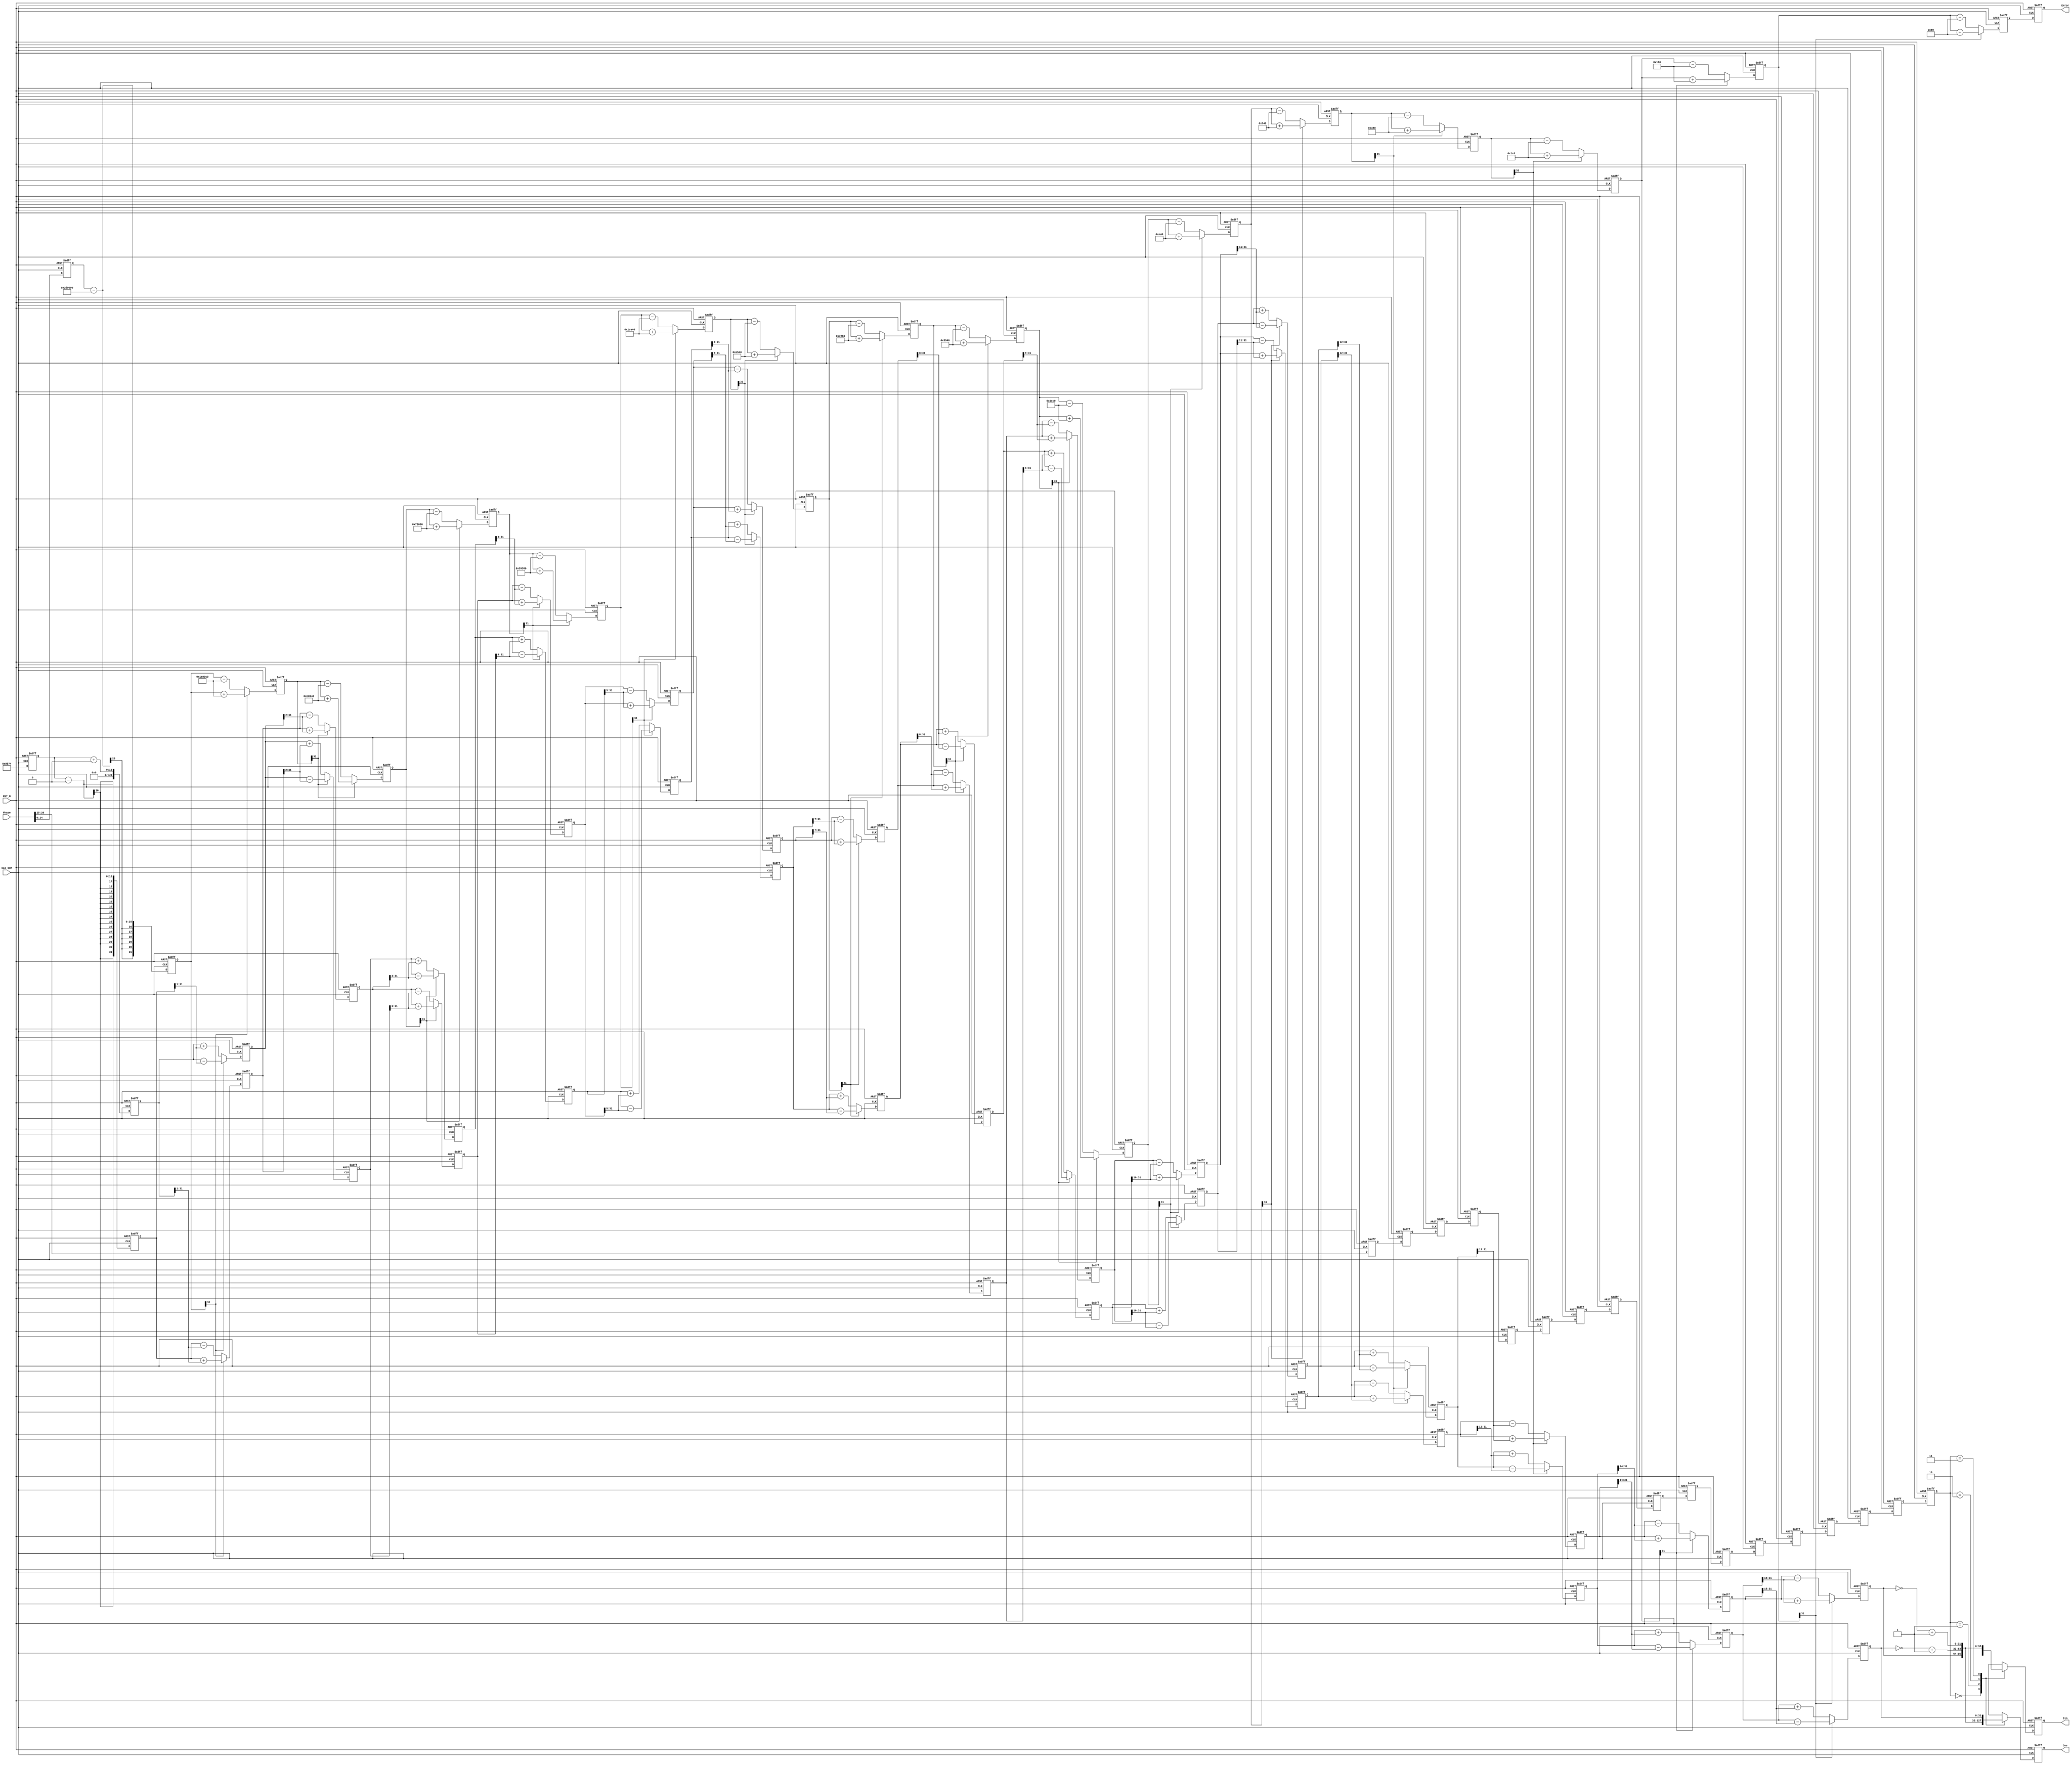
module Cordic_Test
(
    CLK_50M,RST_N,
    Phase,
    Sin,Cos,Error
);

input                       CLK_50M;
input                       RST_N;
input       [31:0]          Phase;
output      [31:0]          Sin;
output      [31:0]          Cos;
output      [31:0]          Error;

`define rot0  32'd2949120       //45*2^16
`define rot1  32'd1740992       //26.5651*2^16
`define rot2  32'd919872        //14.0362*2^16
`define rot3  32'd466944        //7.1250*2^16
`define rot4  32'd234368        //3.5763*2^16
`define rot5  32'd117312        //1.7899*2^16
`define rot6  32'd58688         //0.8952*2^16
`define rot7  32'd29312         //0.4476*2^16
`define rot8  32'd14656         //0.2238*2^16
`define rot9  32'd7360          //0.1119*2^16
`define rot10 32'd3648          //0.0560*2^16
`define rot11 32'd1856          //0.0280*2^16
`define rot12 32'd896           //0.0140*2^16
`define rot13 32'd448           //0.0070*2^16
`define rot14 32'd256           //0.0035*2^16
`define rot15 32'd128           //0.0018*2^16

parameter Pipeline = 16;
parameter K = 32'h09b74;    //K=0.607253*2^16,32'h09b74,

reg signed  [31:0]      Sin;
reg signed  [31:0]      Cos;
reg signed  [31:0]      Error;
reg signed  [31:0]      x0=0,y0=0,z0=0;
reg signed  [31:0]      x1=0,y1=0,z1=0;
reg signed  [31:0]      x2=0,y2=0,z2=0;
reg signed  [31:0]      x3=0,y3=0,z3=0;
reg signed  [31:0]      x4=0,y4=0,z4=0;
reg signed  [31:0]      x5=0,y5=0,z5=0;
reg signed  [31:0]      x6=0,y6=0,z6=0;
reg signed  [31:0]      x7=0,y7=0,z7=0;
reg signed  [31:0]      x8=0,y8=0,z8=0;
reg signed  [31:0]      x9=0,y9=0,z9=0;
reg signed  [31:0]      x10=0,y10=0,z10=0;
reg signed  [31:0]      x11=0,y11=0,z11=0;
reg signed  [31:0]      x12=0,y12=0,z12=0;
reg signed  [31:0]      x13=0,y13=0,z13=0;
reg signed  [31:0]      x14=0,y14=0,z14=0;
reg signed  [31:0]      x15=0,y15=0,z15=0;
reg signed  [31:0]      x16=0,y16=0,z16=0;
reg         [ 1:0]      Quadrant [Pipeline:0];

always @ (posedge CLK_50M or negedge RST_N)
begin
    if(!RST_N)
    begin
        x0 <= 1'b0;                         
        y0 <= 1'b0;
        z0 <= 1'b0;
    end
    else
    begin
        x0 <= K;
        y0 <= 32'd0;
        z0 <= Phase[24:0];
    end
end

always @ (posedge CLK_50M or negedge RST_N)
begin
    if(!RST_N)
    begin
        x1 <= 1'b0;                         
        y1 <= 1'b0;
        z1 <= 1'b0;
    end
    else if(z0[31])
    begin
      x1 <= x0 + y0;
      y1 <= y0 - x0;
      z1 <= z0 + `rot0;
    end
    else
    begin
      x1 <= x0 - y0;
      y1 <= y0 + x0;
      z1 <= z0 - `rot0;
    end
end

always @ (posedge CLK_50M or negedge RST_N)
begin
    if(!RST_N)
    begin
        x2 <= 1'b0;                         
        y2 <= 1'b0;
        z2 <= 1'b0;
    end
    else if(z1[31])
   begin
        x2 <= x1 + (y1 >>> 1);
        y2 <= y1 - (x1 >>> 1);
        z2 <= z1 + `rot1;
   end
   else
   begin
       x2 <= x1 - (y1 >>> 1);
       y2 <= y1 + (x1 >>> 1);
       z2 <= z1 - `rot1;
   end
end

always @ (posedge CLK_50M or negedge RST_N)
begin
    if(!RST_N)
    begin
        x3 <= 1'b0;                         
        y3 <= 1'b0;
        z3 <= 1'b0;
    end
    else if(z2[31])
   begin
       x3 <= x2 + (y2 >>> 2);
       y3 <= y2 - (x2 >>> 2);
       z3 <= z2 + `rot2;
   end
   else
   begin
       x3 <= x2 - (y2 >>> 2);
       y3 <= y2 + (x2 >>> 2);
       z3 <= z2 - `rot2;
   end
end

always @ (posedge CLK_50M or negedge RST_N)
begin
    if(!RST_N)
    begin
        x4 <= 1'b0;                         
        y4 <= 1'b0;
        z4 <= 1'b0;
    end
    else if(z3[31])
   begin
       x4 <= x3 + (y3 >>> 3);
       y4 <= y3 - (x3 >>> 3);
       z4 <= z3 + `rot3;
   end
   else
   begin
       x4 <= x3 - (y3 >>> 3);
       y4 <= y3 + (x3 >>> 3);
       z4 <= z3 - `rot3;
   end
end

always @ (posedge CLK_50M or negedge RST_N)
begin
    if(!RST_N)
    begin
        x5 <= 1'b0;                         
        y5 <= 1'b0;
        z5 <= 1'b0;
    end
    else if(z4[31])
   begin
       x5 <= x4 + (y4 >>> 4);
       y5 <= y4 - (x4 >>> 4);
       z5 <= z4 + `rot4;
   end
   else
   begin
       x5 <= x4 - (y4 >>> 4);
       y5 <= y4 + (x4 >>> 4);
       z5 <= z4 - `rot4;
   end
end

always @ (posedge CLK_50M or negedge RST_N)
begin
    if(!RST_N)
    begin
        x6 <= 1'b0;                         
        y6 <= 1'b0;
        z6 <= 1'b0;
    end
    else if(z5[31])
   begin
       x6 <= x5 + (y5 >>> 5);
       y6 <= y5 - (x5 >>> 5);
       z6 <= z5 + `rot5;
   end
   else
   begin
       x6 <= x5 - (y5 >>> 5);
       y6 <= y5 + (x5 >>> 5);
       z6 <= z5 - `rot5;
   end
end

always @ (posedge CLK_50M or negedge RST_N)
begin
    if(!RST_N)
    begin
        x7 <= 1'b0;                         
        y7 <= 1'b0;
        z7 <= 1'b0;
    end
    else if(z6[31])
   begin
       x7 <= x6 + (y6 >>> 6);
       y7 <= y6 - (x6 >>> 6);
       z7 <= z6 + `rot6;
   end
   else
   begin
       x7 <= x6 - (y6 >>> 6);
       y7 <= y6 + (x6 >>> 6);
       z7 <= z6 - `rot6;
   end
end

always @ (posedge CLK_50M or negedge RST_N)
begin
    if(!RST_N)
    begin
        x8 <= 1'b0;                         
        y8 <= 1'b0;
        z8 <= 1'b0;
    end
    else if(z7[31])
   begin
       x8 <= x7 + (y7 >>> 7);
       y8 <= y7 - (x7 >>> 7);
       z8 <= z7 + `rot7;
   end
   else
   begin
       x8 <= x7 - (y7 >>> 7);
       y8 <= y7 + (x7 >>> 7);
       z8 <= z7 - `rot7;
   end
end

always @ (posedge CLK_50M or negedge RST_N)
begin
    if(!RST_N)
    begin
        x9 <= 1'b0;                         
        y9 <= 1'b0;
        z9 <= 1'b0;
    end
    else if(z8[31])
   begin
       x9 <= x8 + (y8 >>> 8);
       y9 <= y8 - (x8 >>> 8);
       z9 <= z8 + `rot8;
   end
   else
   begin
       x9 <= x8 - (y8 >>> 8);
       y9 <= y8 + (x8 >>> 8);
       z9 <= z8 - `rot8;
   end
end

always @ (posedge CLK_50M or negedge RST_N)
begin
    if(!RST_N)
    begin
        x10 <= 1'b0;                        
        y10 <= 1'b0;
        z10 <= 1'b0;
    end
    else if(z9[31])
   begin
       x10 <= x9 + (y9 >>> 9);
       y10 <= y9 - (x9 >>> 9);
       z10 <= z9 + `rot9;
   end
   else
   begin
       x10 <= x9 - (y9 >>> 9);
       y10 <= y9 + (x9 >>> 9);
       z10 <= z9 - `rot9;
   end
end

always @ (posedge CLK_50M or negedge RST_N)
begin
    if(!RST_N)
    begin
        x11 <= 1'b0;                        
        y11 <= 1'b0;
        z11 <= 1'b0;
    end
    else if(z10[31])
   begin
       x11 <= x10 + (y10 >>> 10);
       y11 <= y10 - (x10 >>> 10);
       z11 <= z10 + `rot10;
   end
   else
   begin
       x11 <= x10 - (y10 >>> 10);
       y11 <= y10 + (x10 >>> 10);
       z11 <= z10 - `rot10;
   end
end

always @ (posedge CLK_50M or negedge RST_N)
begin
    if(!RST_N)
    begin
        x12 <= 1'b0;                        
        y12 <= 1'b0;
        z12 <= 1'b0;
    end
    else if(z11[31])
   begin
       x12 <= x11 + (y11 >>> 11);
       y12 <= y11 - (x11 >>> 11);
       z12 <= z11 + `rot11;
   end
   else
   begin
       x12 <= x11 - (y11 >>> 11);
       y12 <= y11 + (x11 >>> 11);
       z12 <= z11 - `rot11;
   end
end

always @ (posedge CLK_50M or negedge RST_N)
begin
    if(!RST_N)
    begin
        x13 <= 1'b0;                        
        y13 <= 1'b0;
        z13 <= 1'b0;
    end
    else if(z12[31])
   begin
       x13 <= x12 + (y12 >>> 12);
       y13 <= y12 - (x12 >>> 12);
       z13 <= z12 + `rot12;
   end
   else
   begin
       x13 <= x12 - (y12 >>> 12);
       y13 <= y12 + (x12 >>> 12);
       z13 <= z12 - `rot12;
   end
end

always @ (posedge CLK_50M or negedge RST_N)
begin
    if(!RST_N)
    begin
        x14 <= 1'b0;                        
        y14 <= 1'b0;
        z14 <= 1'b0;
    end
    else if(z13[31])
   begin
       x14 <= x13 + (y13 >>> 13);
       y14 <= y13 - (x13 >>> 13);
       z14 <= z13 + `rot13;
   end
   else
   begin
       x14 <= x13 - (y13 >>> 13);
       y14 <= y13 + (x13 >>> 13);
       z14 <= z13 - `rot13;
   end
end

always @ (posedge CLK_50M or negedge RST_N)
begin
    if(!RST_N)
    begin
        x15 <= 1'b0;                        
        y15 <= 1'b0;
        z15 <= 1'b0;
    end
    else if(z14[31])
   begin
       x15 <= x14 + (y14 >>> 14);
       y15 <= y14 - (x14 >>> 14);
       z15 <= z14 + `rot14;
   end
   else
   begin
       x15 <= x14 - (y14 >>> 14);
       y15 <= y14 + (x14 >>> 14);
       z15 <= z14 - `rot14;
   end
end

always @ (posedge CLK_50M or negedge RST_N)
begin
    if(!RST_N)
    begin
        x16 <= 1'b0;                        
        y16 <= 1'b0;
        z16 <= 1'b0;
    end
    else if(z15[31])
   begin
       x16 <= x15 + (y15 >>> 15);
       y16 <= y15 - (x15 >>> 15);
       z16 <= z15 + `rot15;
   end
   else
   begin
       x16 <= x15 - (y15 >>> 15);
       y16 <= y15 + (x15 >>> 15);
       z16 <= z15 - `rot15;
   end
end

always @ (posedge CLK_50M or negedge RST_N)
begin
    if(!RST_N)
    begin
        Quadrant[0] <= 1'b0;
        Quadrant[1] <= 1'b0;
        Quadrant[2] <= 1'b0;
        Quadrant[3] <= 1'b0;
        Quadrant[4] <= 1'b0;
        Quadrant[5] <= 1'b0;
        Quadrant[6] <= 1'b0;
        Quadrant[7] <= 1'b0;
        Quadrant[8] <= 1'b0;
        Quadrant[9] <= 1'b0;
        Quadrant[10] <= 1'b0;
        Quadrant[11] <= 1'b0;
        Quadrant[12] <= 1'b0;
        Quadrant[13] <= 1'b0;
        Quadrant[14] <= 1'b0;
        Quadrant[15] <= 1'b0;
        Quadrant[16] <= 1'b0;
    end
    else
    begin
        Quadrant[0] <= Phase[26:25];
        Quadrant[1] <= Quadrant[0];
        Quadrant[2] <= Quadrant[1];
        Quadrant[3] <= Quadrant[2];
        Quadrant[4] <= Quadrant[3];
        Quadrant[5] <= Quadrant[4];
        Quadrant[6] <= Quadrant[5];
        Quadrant[7] <= Quadrant[6];
        Quadrant[8] <= Quadrant[7];
        Quadrant[9] <= Quadrant[8];
        Quadrant[10] <= Quadrant[9];
        Quadrant[11] <= Quadrant[10];
        Quadrant[12] <= Quadrant[11];
        Quadrant[13] <= Quadrant[12];
        Quadrant[14] <= Quadrant[13];
        Quadrant[15] <= Quadrant[14];
        Quadrant[16] <= Quadrant[15];
    end
end

always @ (posedge CLK_50M or negedge RST_N)
begin
    if(!RST_N)
    begin
        Cos <= 1'b0;
        Sin <= 1'b0;
        Error <= 1'b0;
    end
    else
    begin
        Error <= z16;
        case(Quadrant[16])
            2'b00: //if the Phase is in first Quadrant,the Sin(X)=Sin(A),Cos(X)=Cos(A)
                begin
                    Cos <= x16;
                    Sin <= y16;
                end
            2'b01: //if the Phase is in second Quadrant,the Sin(X)=Sin(A+90)=CosA,Cos(X)=Cos(A+90)=-SinA
                begin
                    Cos <= ~(y16) + 1'b1;//-Sin
                    Sin <= x16;//Cos
                end
            2'b10: //if the Phase is in third Quadrant,the Sin(X)=Sin(A+180)=-SinA,Cos(X)=Cos(A+180)=-CosA
                begin
                    Cos <= ~(x16) + 1'b1;//-Cos
                    Sin <= ~(y16) + 1'b1;//-Sin
                end
            2'b11: //if the Phase is in forth Quadrant,the Sin(X)=Sin(A+270)=-CosA,Cos(X)=Cos(A+270)=SinA
                begin
                    Cos <= y16;//Sin
                    Sin <= ~(x16) + 1'b1;//-Cos
                end
        endcase
    end
end

endmodule